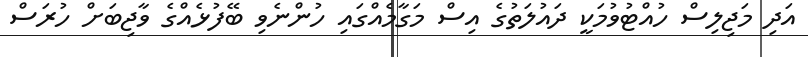
އަދި މަޖިލިސް ހުއްޓުވުމަކީ ދައުލަތުގެ އިސް މަގާމެއްގައި ހުންނެވި ބޭފުޅެއްގެ ވާޖިބަށް ހުރަސް